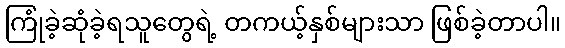
ကြုံခဲ့ဆုံခဲ့ရသူတွေရဲ့ တကယ့်နှစ်များသာ ဖြစ်ခဲ့တာပါ။